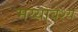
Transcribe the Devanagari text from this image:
मय्यावेश्य